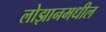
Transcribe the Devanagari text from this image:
लोझानमधील